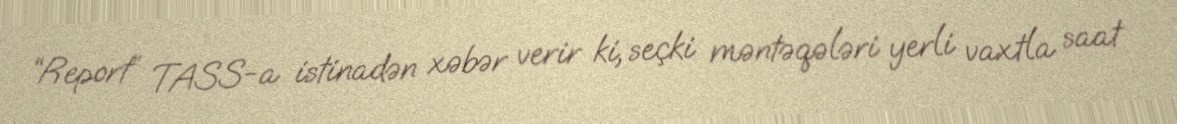
“Report” TASS-a istinadən xəbər verir ki, seçki məntəqələri yerli vaxtla saat